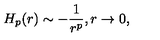
H _ { p } ( r ) \sim - \frac { 1 } { r ^ { p } } , r \rightarrow 0 ,